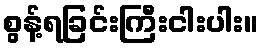
စွန့်ရခြင်းကြီးငါးပါး။